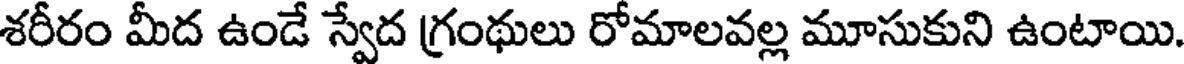
శరీరం మీద ఉండే స్వేద గ్రంథులు రోమాలవల్ల మూసుకుని ఉంటాయి.